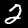
Label: 2